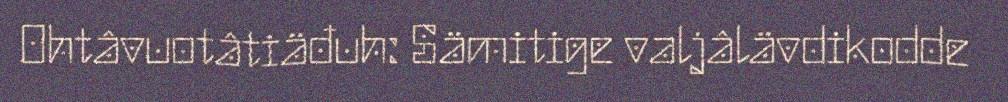
Ohtâvuotâtiäđuh: Sämitige valjâlävdikodde